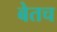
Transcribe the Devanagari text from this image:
बेतच